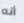
أنه